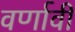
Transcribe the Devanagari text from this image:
वर्णावी